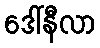
ဒေါ်နီလာ